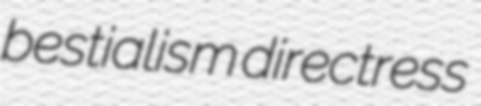
bestialism directress